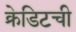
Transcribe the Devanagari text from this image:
क्रेडिटची